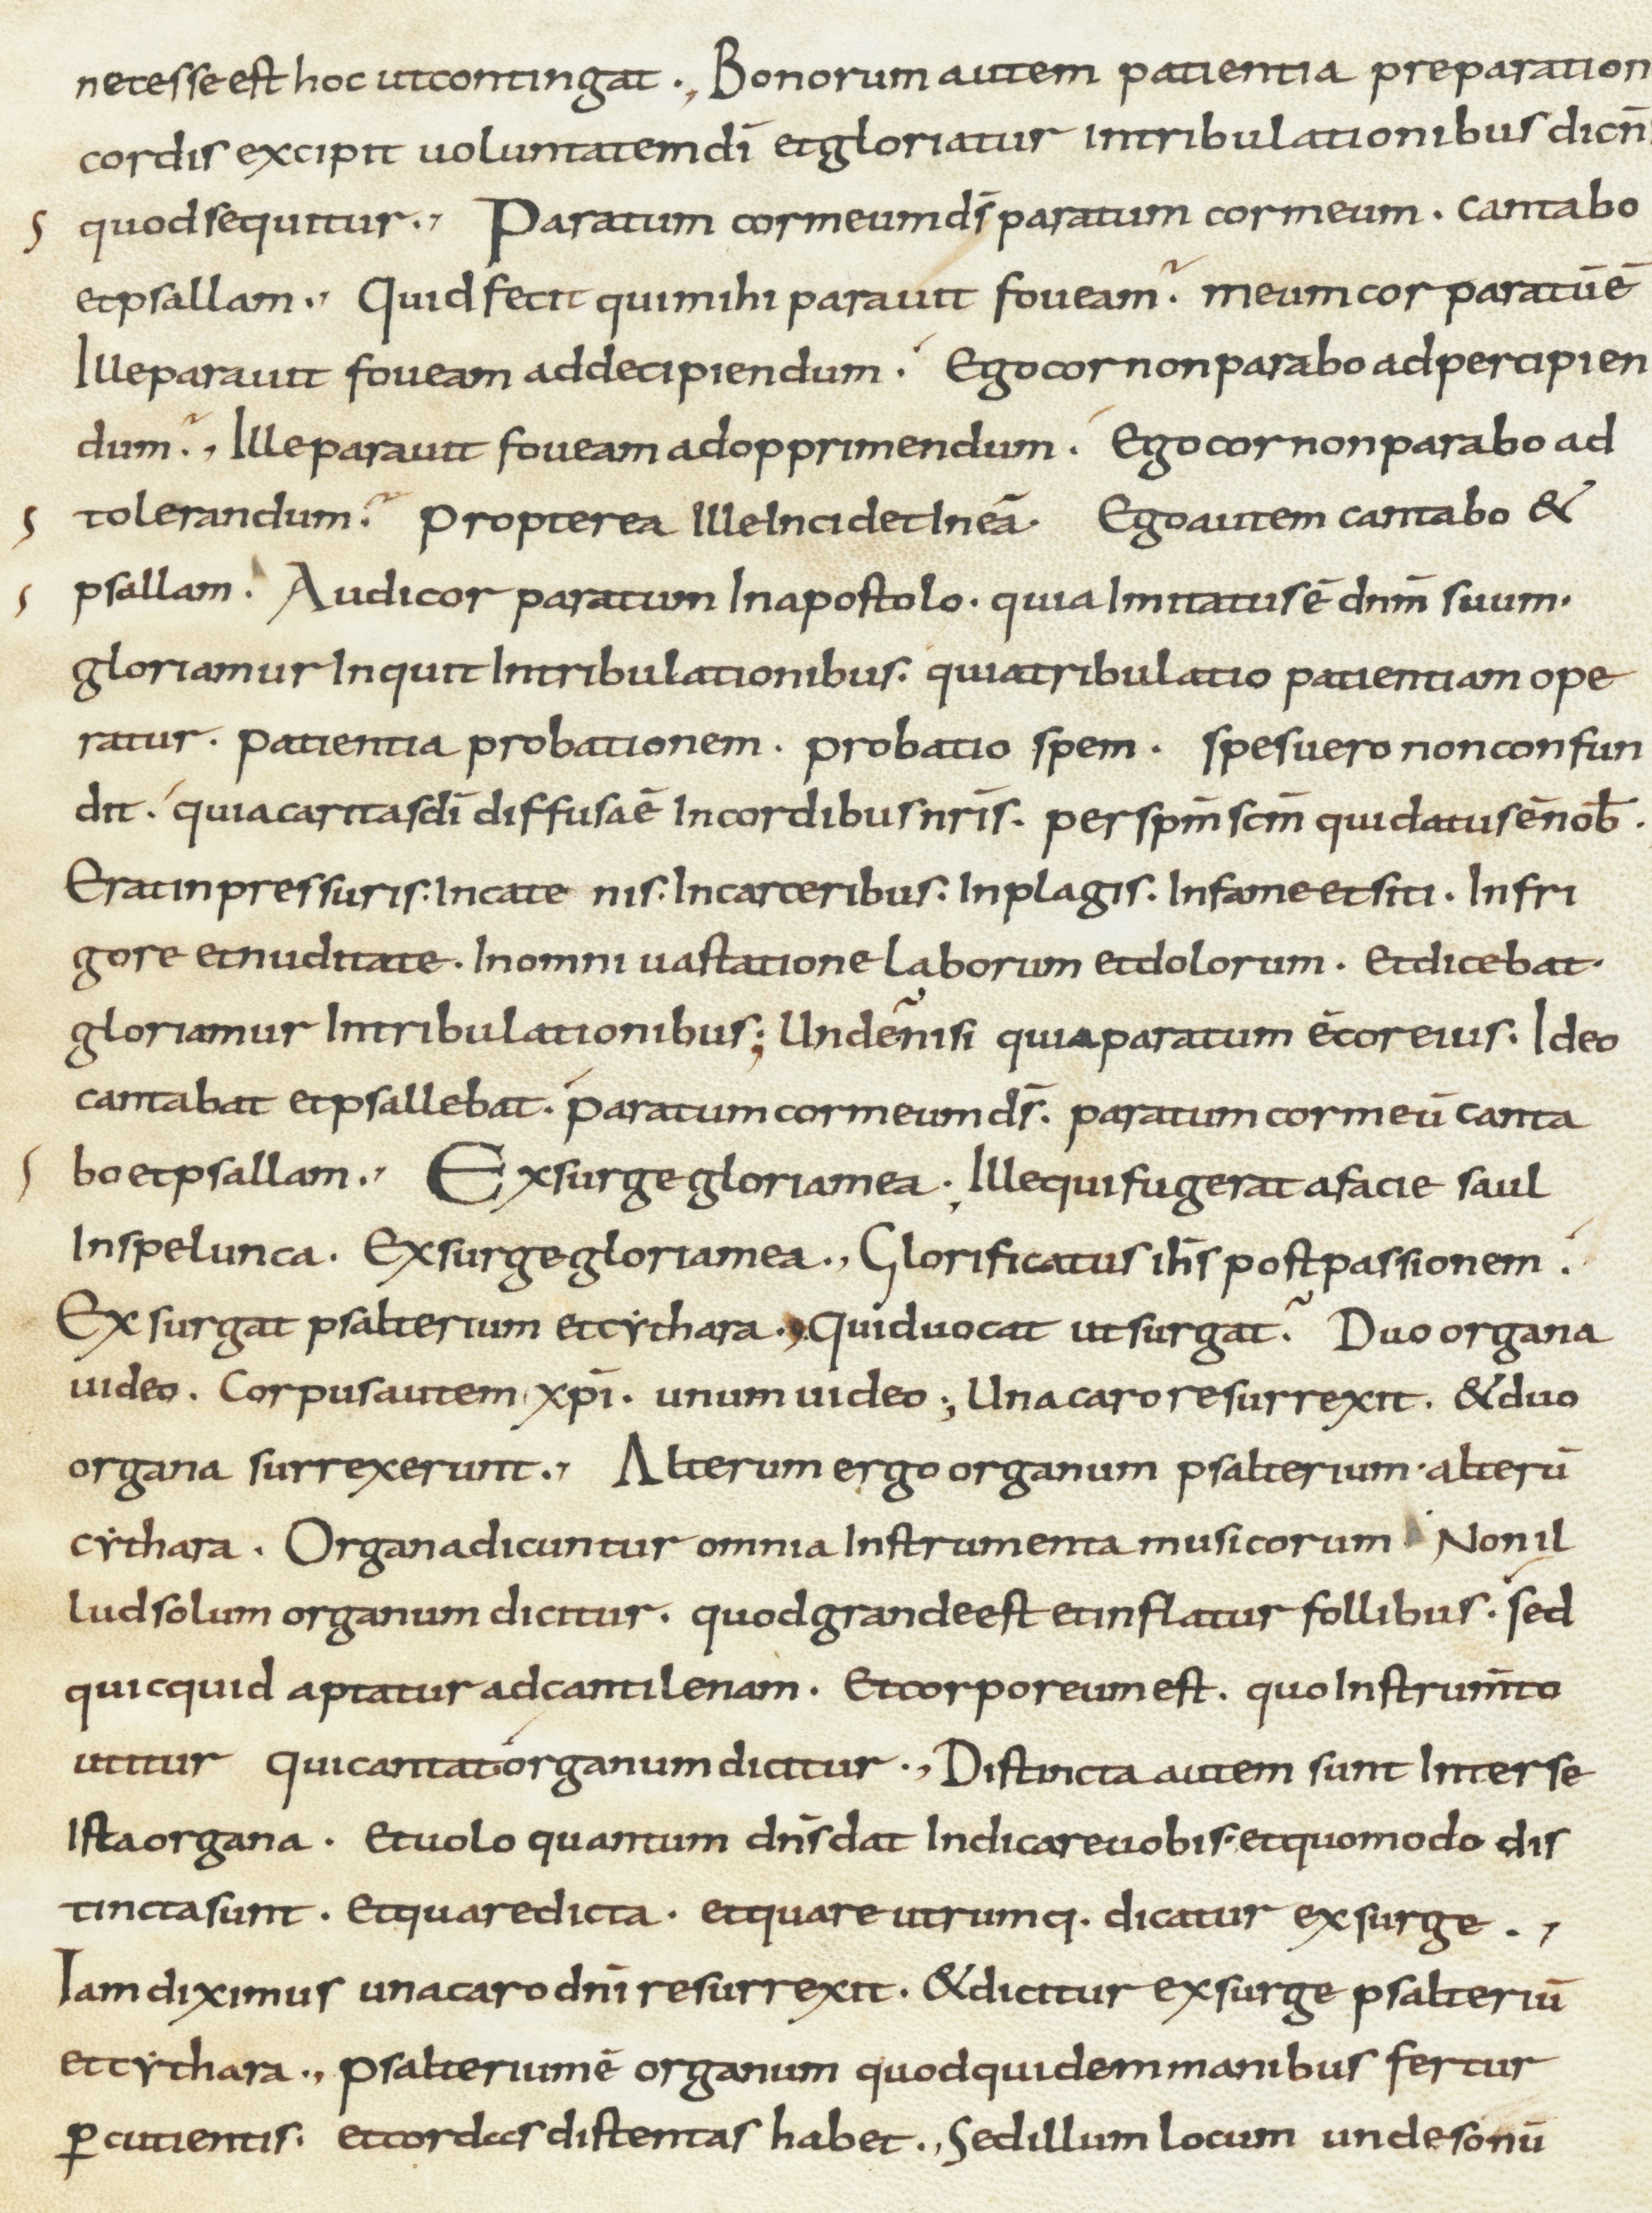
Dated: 800–899